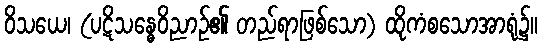
ဝိသယေ၊ (ပဋိသန္ဓေဝိညာဉ်၏ တည်ရာဖြစ်သော) ထိုကံစသောအာရုံ၌။